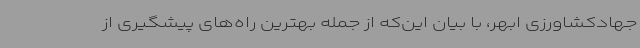
جهادکشاورزی ابهر، با بیان این‌که از جمله بهترین راه‌های پیشگیری از